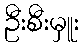
ဦးစီးမှူး